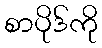
စာပိုဒ်ကို